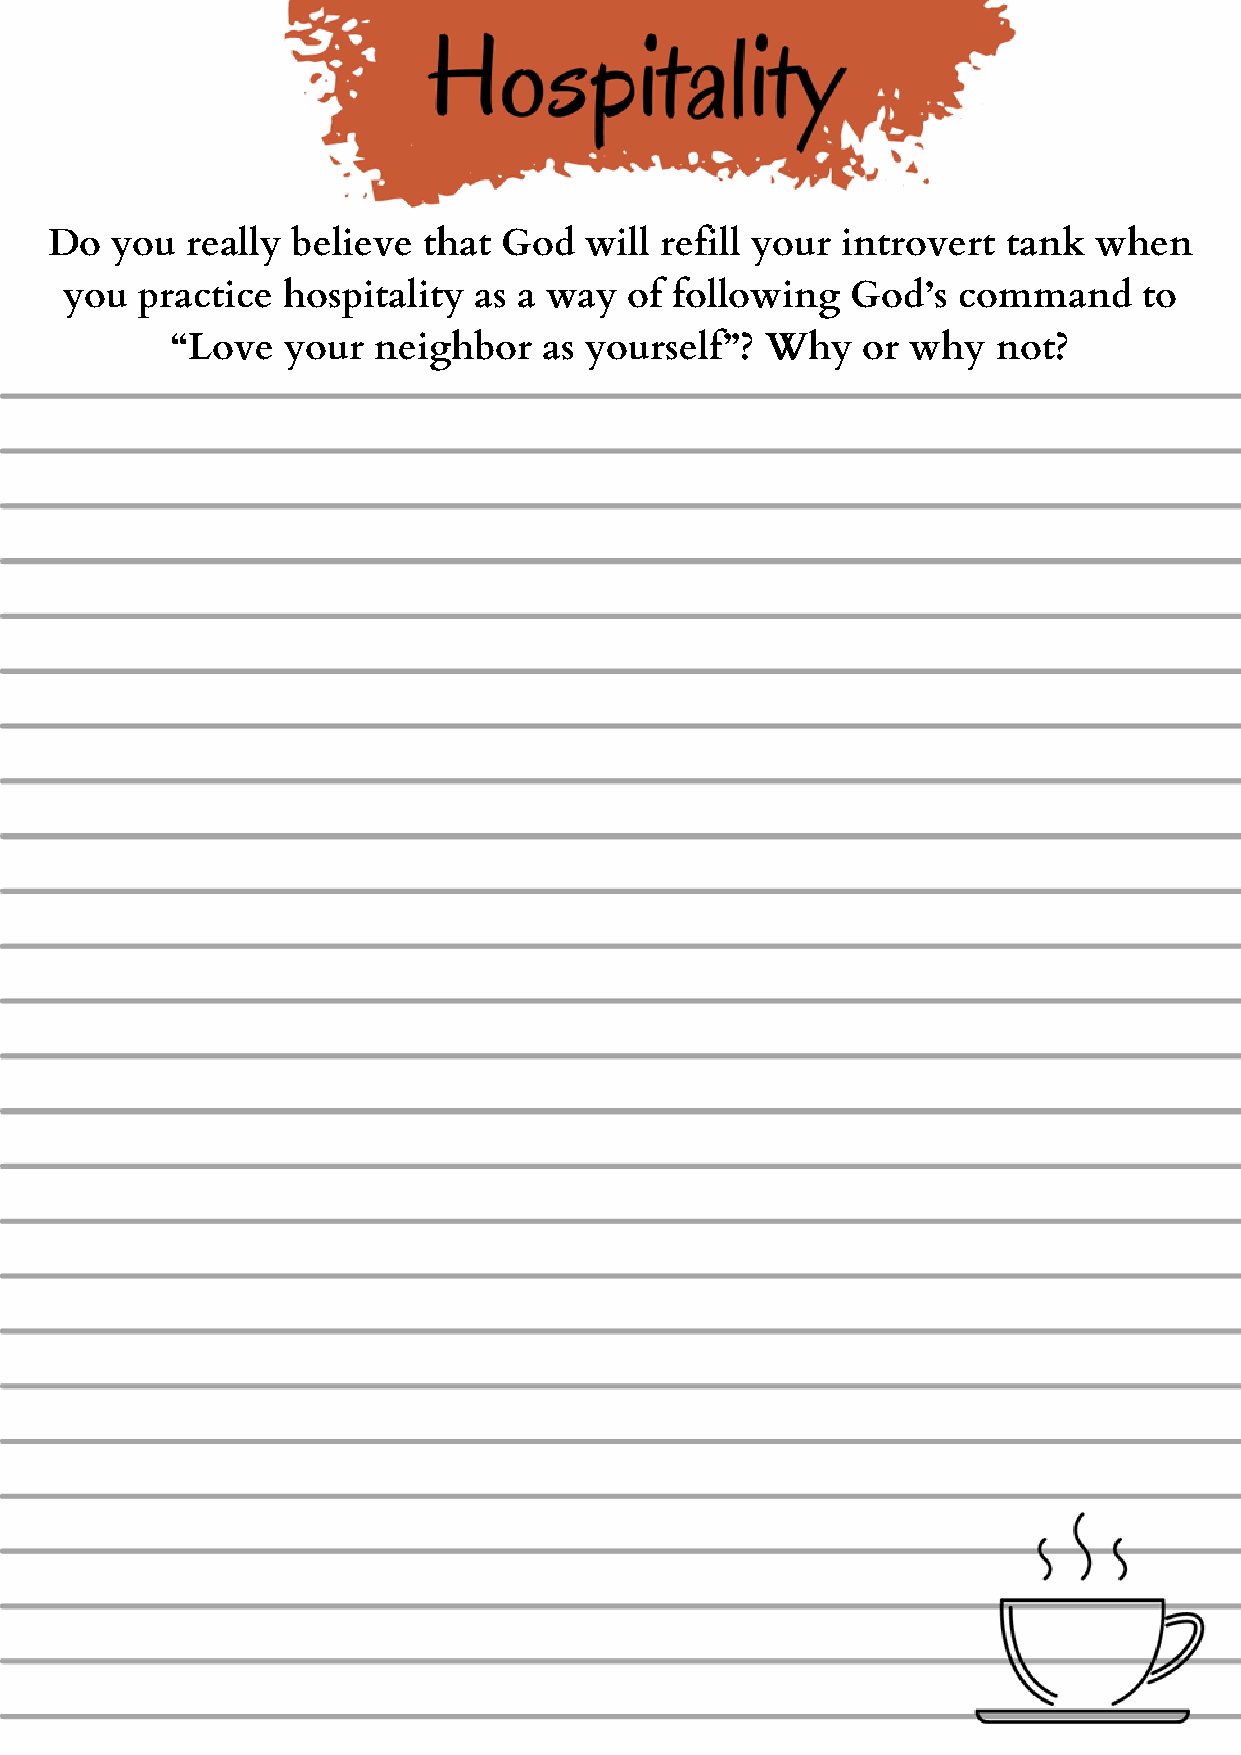
Do  you  really believe  that God   will refill your introvert  tank  when
 you  practice  hospitality as a way   of following  God’s   command     to
 “Love   your  neighbor   as yourself”?  Why   or why   not?